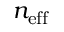
n _ { \mathrm { e f f } }